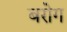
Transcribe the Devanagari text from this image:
बरोग